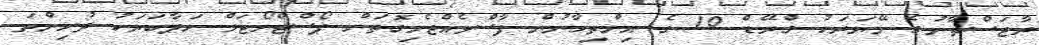
ރާޖަސްތާނުގެ މޭޔަރަކު ގްރޭޑް 10 ގެ އިމްތިހާނުން ފާސްވެއްޖެމިގޮތަށް ޕޯސްޓްމޯޓަމް ހަދާބަޔަކު ދުށިންތަ